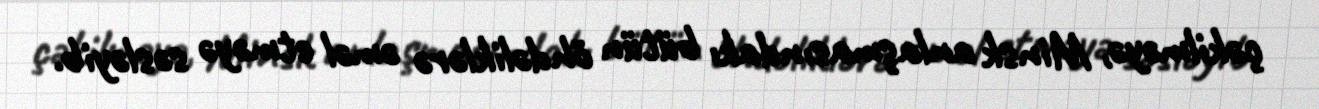
çəkilməyə, Minsk anlaşmasındakı bütün öhdəliklərə əməl etməyə səsləyib.